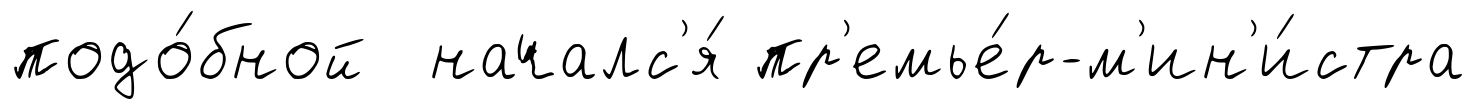
подо́бной началс'я́ пр'емье́р-м'ин'и́стра